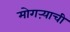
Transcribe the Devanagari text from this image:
मोगऱ्याची